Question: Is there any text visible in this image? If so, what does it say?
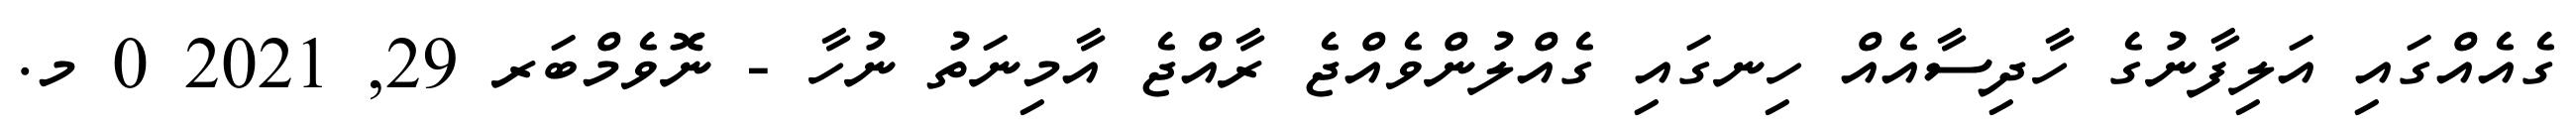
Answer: ގެއެއްގައި އަލިފާނުގެ ހާދިސާއެއް ހިނގައި ގެއްލުންވެއްޖެ ރާއްޖެ އާމިނަތު ނުހާ - ނޮވެމްބަރ 29, 2021 0 މ.